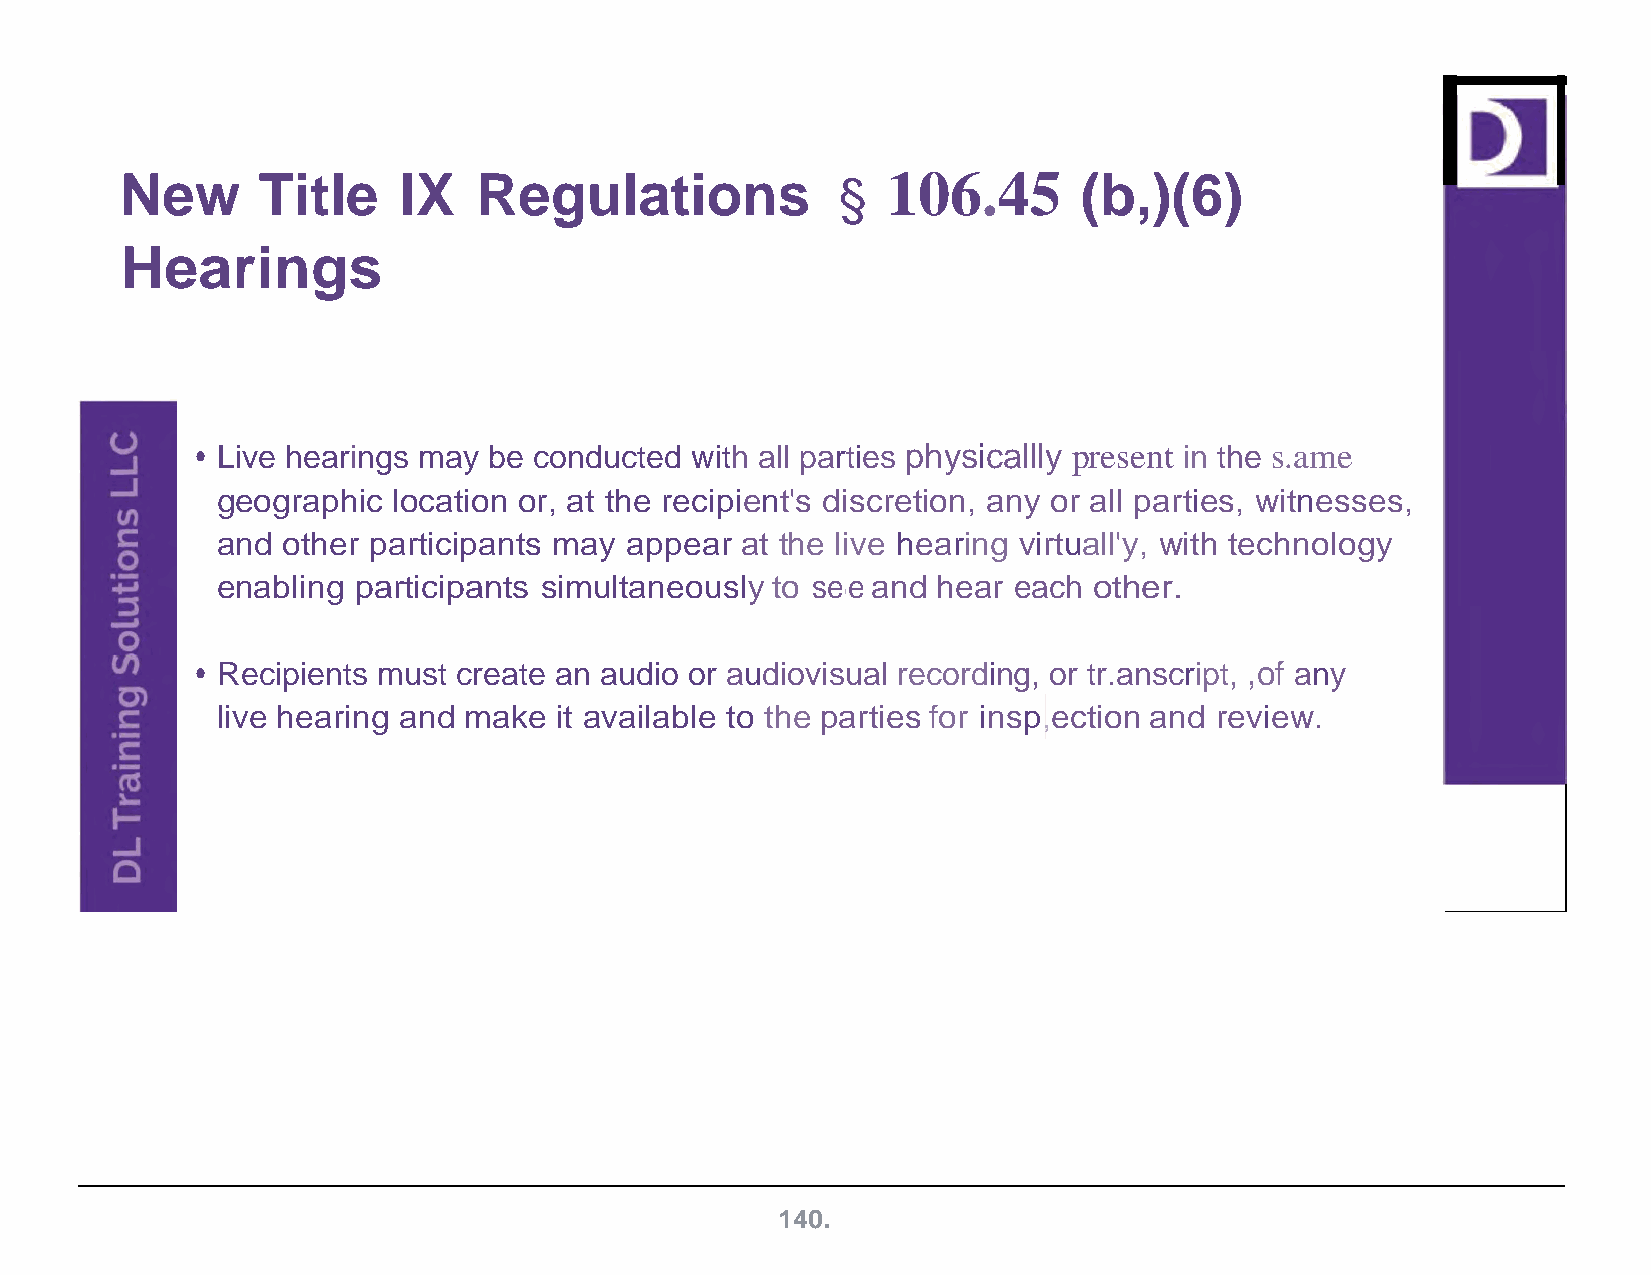
106.45
 New      Title    IX    Regulations            §                (b,)(6)
 Hearings
 • Live hearings may be conducted with all parties physicallly present in the s.ame
 geographic  location or, at the recipient's discretion, any or all parties, witnesses,
 and  other participants may appear at the live hearing virtuall'y, with technology
 enabling  participants simultaneously to see and hear each other.
 1
 • Recipients must create an audio or audiovisual recording, or tr.anscript, ,of any
 live hearing and make  it available to the parties for insp,ection and review.
 140.